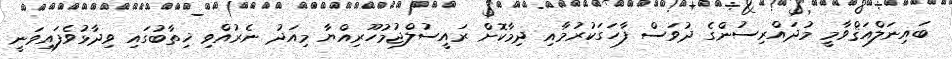
ބައިނަލްއަޤްވާމީ މުދައްރިސުންގެ ދުވަސް ފާހަގަކުރުމާއި ދިމާކޮށް ރައީސުލްޖުމުހޫރިއްޔާ މިއަދު ނެރުއްވި ޚިތާބުގައި ވިދާޅުވެފައިވަނީ